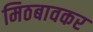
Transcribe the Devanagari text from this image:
मिठबावकर